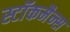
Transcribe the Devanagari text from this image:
स्टॉकमैन्स